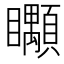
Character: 𥍎